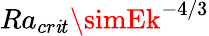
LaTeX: Ra_{cr\mathit{i}t}\simEk^{-4/3}